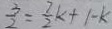
\frac { 3 } { 2 } = \frac { 7 } { 2 } k + 1 - k